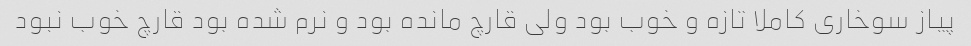
پیاز سوخاری کاملا تازه و خوب بود ولی قارچ مانده بود و نرم شده بود قارچ خوب نبود